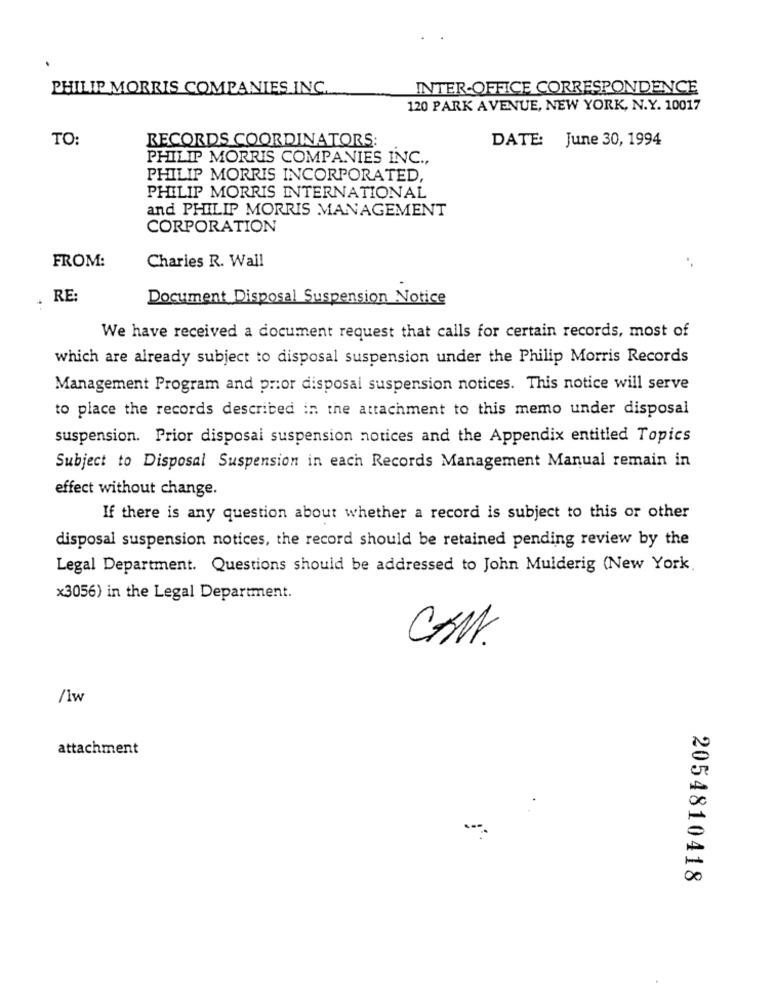
PHILIP MORRIS COMPANIES INC.
INTER-OFFICE CORRESPONDENCE
120 PARK AVENUE, NEW YORK, N.Y. 10017
TO:
RECORDS COORDINATORS:
DATE: June 30, 1994
PHILIP MORRIS COMPANIES INC .,
PHILIP MORRIS INCORPORATED,
PHILIP MORRIS INTERNATIONAL
and PHILIP MORRIS MANAGEMENT
CORPORATION
FROM:
Charies R. Wall
RE:
Document Disposal Suspension Notice
We have received a document request that calls for certain records, most of
which are already subject to disposal suspension under the Philip Morris Records
Management Program and prior disposal suspension notices. This notice will serve
to place the records described in the attachment to this memo under disposal
suspension. Prior disposal suspension notices and the Appendix entitled Topics
Subject to Disposal Suspension in each Records Management Manual remain in
effect without change.
If there is any question about whether a record is subject to this or other
disposal suspension notices, the record should be retained pending review by the
Legal Department. Questions should be addressed to John Mulderig (New York
x3056) in the Legal Department.
CAN.
/1w
attachment
2054810418